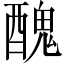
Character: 醜